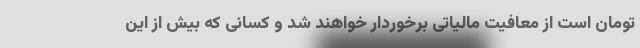
تومان است از معافیت مالیاتی برخوردار خواهند شد و کسانی که بیش از این